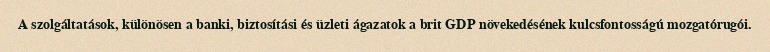
A szolgáltatások, különösen a banki, biztosítási és üzleti ágazatok a brit GDP növekedésének kulcsfontosságú mozgatórugói.